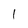
Character: 1